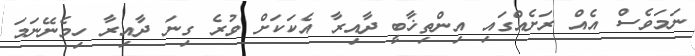
ނަމަވެސް އެއް ރަށެއްގައި އިންތިޚާބީ ދާއިރާ އެކަކަށް ވުރެ ގިނަ ދާއިރާ ހިމެނޭނަމަ